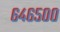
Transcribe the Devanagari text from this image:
६४६५००